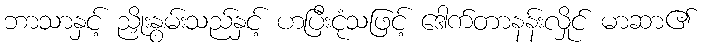
ဘာသာနှင့် ညှိုးနွမ်းသည်နှင့် ဟပြီးငုံသဖြင့် ဒေါက်တာနန်းလှိုင် မာဆာ၏